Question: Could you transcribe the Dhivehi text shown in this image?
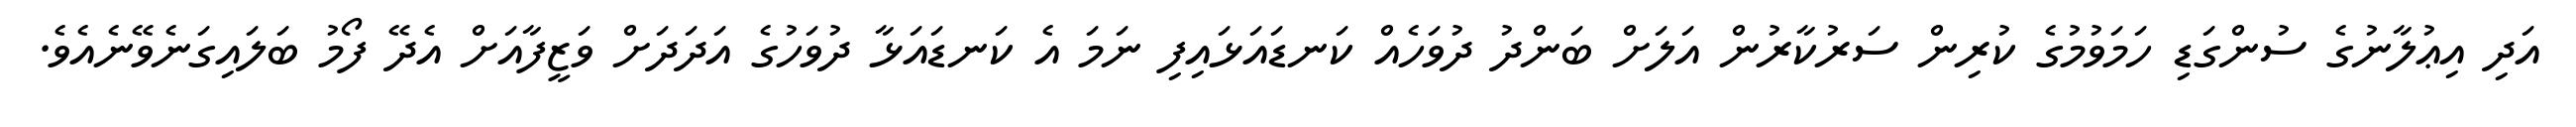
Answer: އަދި އިޢުލާނުގެ ސުންގަޑި ހަމަވުމުގެ ކުރިން ސަރުކާރުން އަލަށް ބަންދު ދުވަހެއް ކަނޑައަޅައިފި ނަމަ އެ ކަނޑައަޅާ ދުވަހުގެ އަދަދަށް ވަޒީފާއަށް އެދޭ ފޯމު ބަލައިގަނެވޭނެއެވެ.